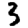
Digit: 3